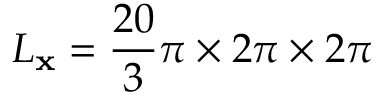
L _ { \mathbf { x } } = \frac { 2 0 } { 3 } \pi \times 2 \pi \times 2 \pi